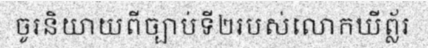
ចូរនិយាយពីច្បាប់ទី២របស់លោកឃីព្ល័រ